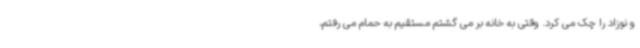
و نوزاد را چک می کرد. وقتی به خانه بر می گشتم مستقیم به حمام می رفتم،